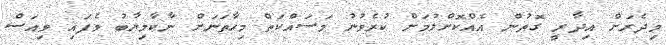
މިދެރަށް އިދާރީ ގޮތުން އެއްކޮށްލުމަށް ކުރެވުނު މަސައްކަތް މިހާތަނަށް ނާކާމިޔާބު ވެފައި ވިއަސް